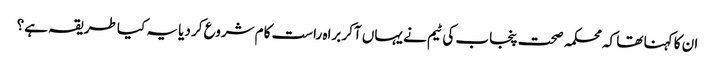
ان کا کہنا تھا کہ محکمہ صحت پنجاب کی ٹیم نے یہاں آکر براہ راست کام شروع کر دیا یہ کیا طریقہ ہے؟